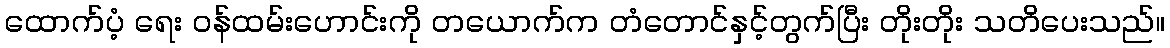
ထောက်ပံ့ ရေး ဝန်ထမ်းဟောင်းကို တယောက်က တံတောင်နှင့်တွက်ပြီး တိုးတိုး သတိပေးသည်။